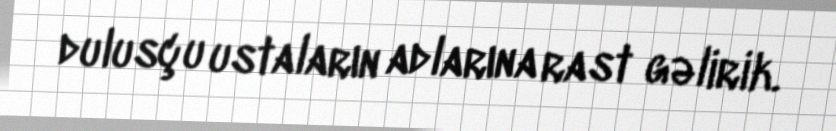
dulusçu ustaların adlarına rast gəlirik.